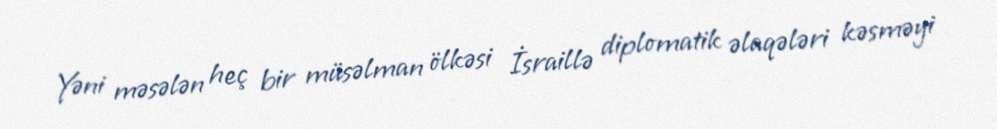
Yəni məsələn heç bir müsəlman ölkəsi İsraillə diplomatik əlaqələri kəsməyi